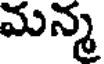
మన్మ